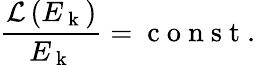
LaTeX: \frac{\mathcal{L}\left(E_{\mathrm{~k~}}\right)}{E_{\mathrm{~k~}}}=\mathrm{~c~o~n~s~t~.~}